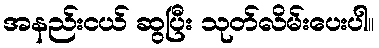
အနည်းငယ် ဆွပြီး သုတ်လိမ်းပေးပါ။